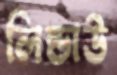
লিন্ডাউ